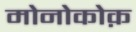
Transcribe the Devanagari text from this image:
मोनोकोक़